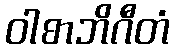
ဝါစာဘိဂီတံ